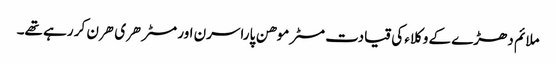
ملائم دھڑے کے وکلاء کی قیادت مسٹر موهن پاراسرن اور مسٹر هری هرن کر رہے تھے۔